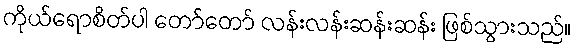
ကိုယ်ရောစိတ်ပါ တော်တော် လန်းလန်းဆန်းဆန်း ဖြစ်သွားသည်။